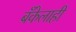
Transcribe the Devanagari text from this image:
बँकेलाही